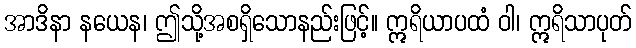
အာဒိနာ နယေန၊ ဤသို့အစရှိသောနည်းဖြင့်။ ဣရိယာပထံ ဝါ၊ ဣရိသာပုတ်